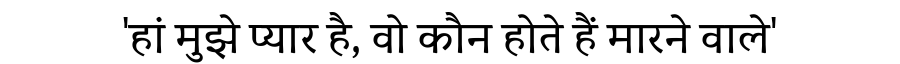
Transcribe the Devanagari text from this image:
'हां मुझे प्यार है, वो कौन होते हैं मारने वाले'